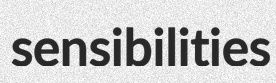
sensibilities